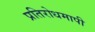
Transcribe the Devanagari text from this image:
प्रतिरोधमापी